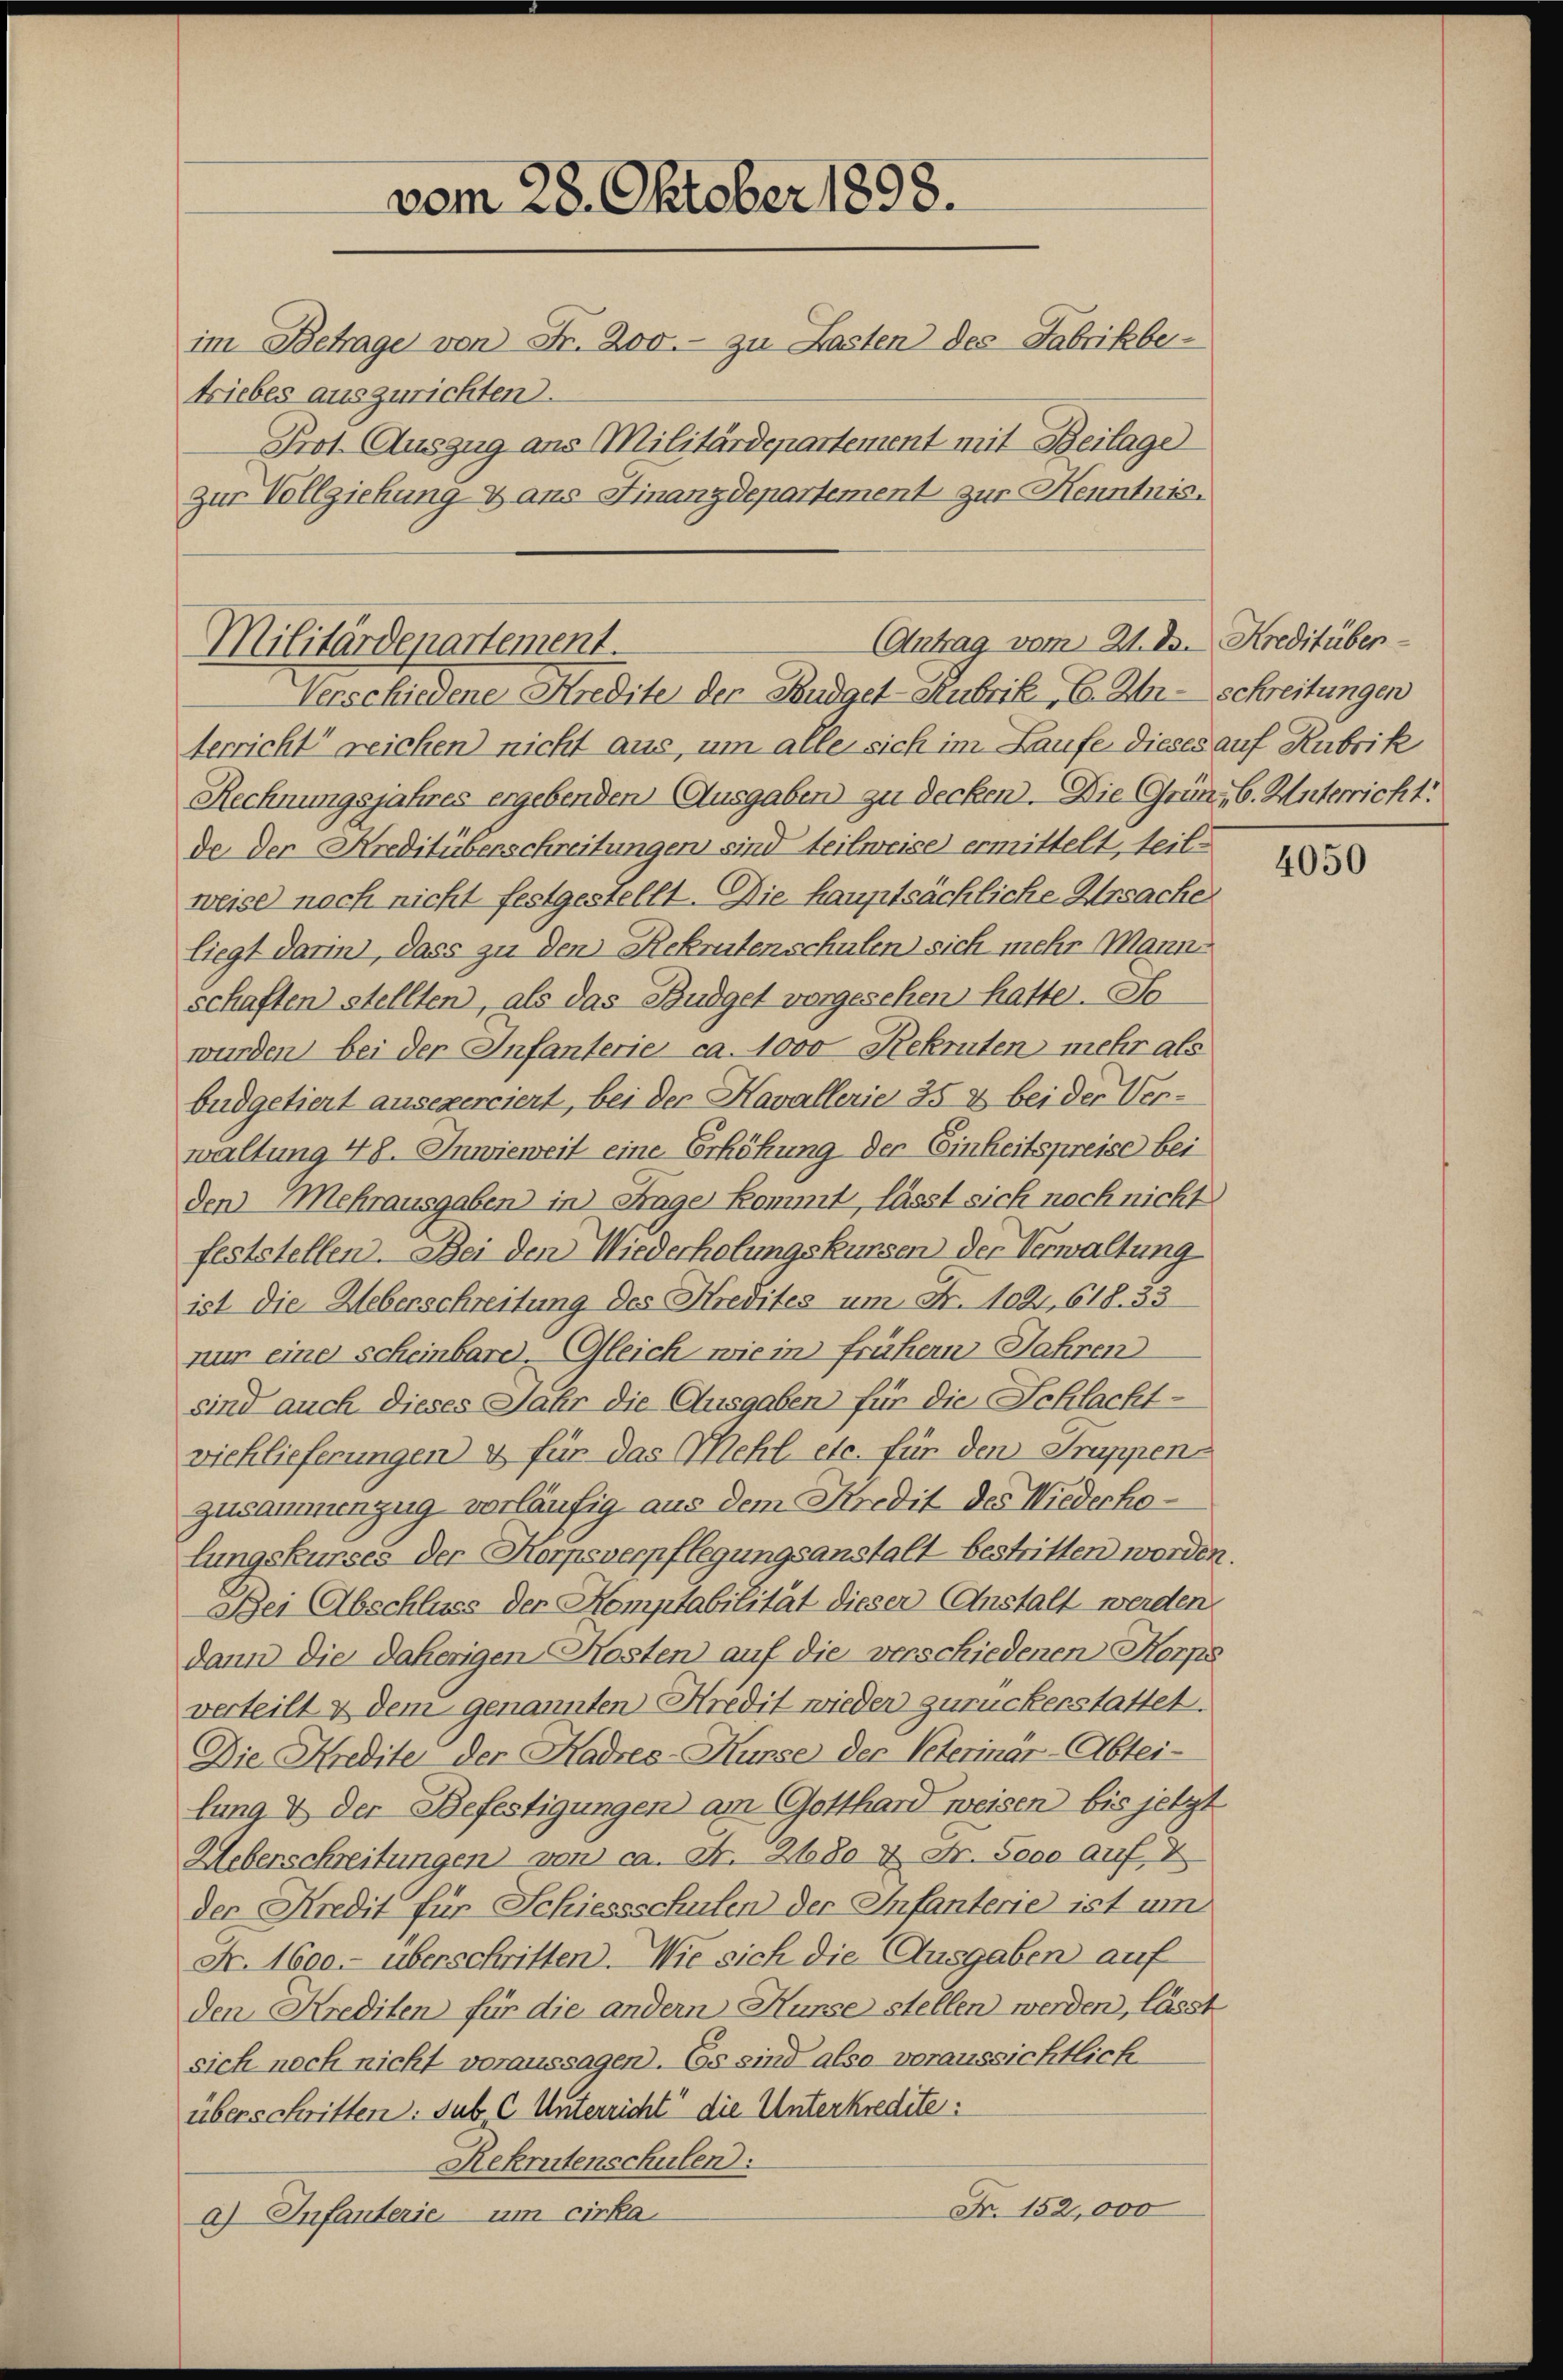
vom 28. Oktober 1898.
im Betrage von Fr. 200.- zu Lasten des Fabrikbetriebes auszurichten.
Prot. Auszug aus Militärdepartement mit Beilage
zur Vollziehung & ans Finanzdepartement zur Kenntnis.

Antrag vom 21. ds. Kreditüber-
Militärdepartement.
Verschiedene Kredite der Budget-Hubrik, C. Zer-Schreitungen

terricht reichen) nicht aus, um alle sich im Laufe dieses auf Rubrik
Rechnungsjahres ergebenden Ausgaben zu decken. Die Grün, 6. Unterricht
de der Kreditüberschreitungen sind teilweises ermittelt, teil
weise nach nicht festgestellt. Die hauptsächliche Ursache
liegt darin, dass zu den Rekrutenschulen sich mehr Manns
schaften stellten, als das Budget vorgesehen, hatte. So
wurden bei der Infanterie ca. 1000 Rekruten mehr als
büdgetiert ausexerciert, bei der Kavallerie 35 & bei der Verwaltung 48. Inwieweit eine Erhöhung der Einheitspreise bei
den Mehrausgaben in Frage kommt, lässt sich noch nicht
feststellen. Bei den Wiederholungskursen der Verwaltung
ist die Ueberschreitung des Kredites um Fr. 102, 618. 33
nur eine scheinbare. Gleich wie in früher Jahren
sind auch dieses Jahr die Ausgaben für die Schlachtvichlieferungen & für das Mehl etc. für den Truppen
zusammenzug vorläufig aus dem Kredit des Niedecholungskurses der Korpsverpflegungsanstalt bestritten worden.
Bei Abschluss der Komptabilität dieser Anstalt werden
dann die daherigen Kosten auf die verschiedenen Korps
verteilt & dem genannten Kredit wieder zurückerstattet.
Die Kredite der Kadres-Hunse der Peterinär-Abtei-
lung & der Befestigungen am Gotthard weisen bis jetzt
Ueberschreitungen von ca. Fr. 2180 & Fr. Sooo auf 2
der Kredit für Schiessschulen der Infanterie ist um
Fr. 1600. überschritten. Wie sich die Ausgaben auf
den Krediten für die andern Hunse stellen werden, lässt
sich noch nicht voraussagen. Es sind also voraussichtlich
überschritten: sub C Unterricht die Unterkredite:
Rekrutenschulen:
Fr. 152,000
a) Infanterie, um cirka

4050